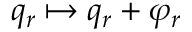
q _ { r } \mapsto q _ { r } + \varphi _ { r }